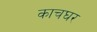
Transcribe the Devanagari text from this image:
काचघर